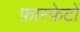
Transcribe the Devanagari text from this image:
फ़ास्फ़ेटों